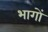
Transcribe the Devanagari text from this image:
भागाें